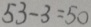
5 3 - 3 = 5 0